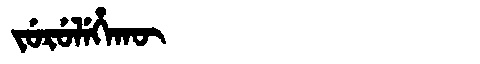
Manchu: ᠵᡠᡵᡠᠯᡝᡥᠠᡴᡡ
Romanization: JURULEHAKŪ